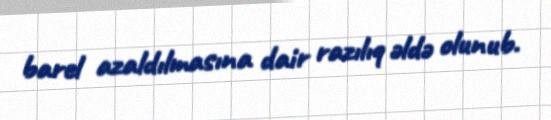
barel azaldılmasına dair razılıq əldə olunub.